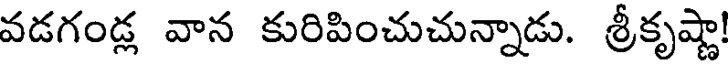
వడగండ్ల వాన కురిపించుచున్నాడు. శ్రీకృష్ణా!